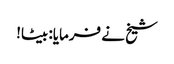
شیخ نے فرمایا: بیٹا!